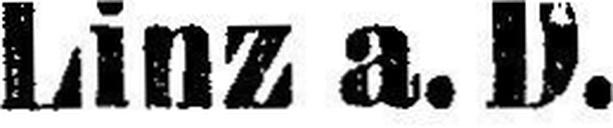
Linz a. D.